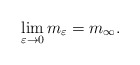
\begin{align*}\lim_{\varepsilon\rightarrow0}m_{\varepsilon}=m_{\infty}.\end{align*}